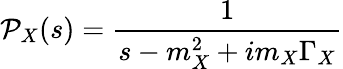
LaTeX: {\cal P}_{X}(s)=\frac{1}{s-m_{X}^{2}+im_{X}\Gamma_{X}}